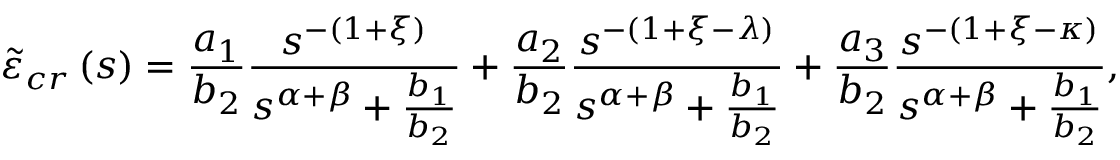
\tilde { \varepsilon } _ { c r } \left( s \right) = \frac { a _ { 1 } } { b _ { 2 } } \frac { s ^ { - \left( 1 + \xi \right) } } { s ^ { \alpha + \beta } + \frac { b _ { 1 } } { b _ { 2 } } } + \frac { a _ { 2 } } { b _ { 2 } } \frac { s ^ { - \left( 1 + \xi - \lambda \right) } } { s ^ { \alpha + \beta } + \frac { b _ { 1 } } { b _ { 2 } } } + \frac { a _ { 3 } } { b _ { 2 } } \frac { s ^ { - \left( 1 + \xi - \kappa \right) } } { s ^ { \alpha + \beta } + \frac { b _ { 1 } } { b _ { 2 } } } ,